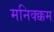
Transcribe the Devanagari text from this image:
मनिक्क्कम